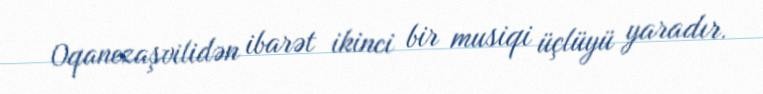
Oqanezaşvilidən ibarət ikinci bir musiqi üçlüyü yaradır.